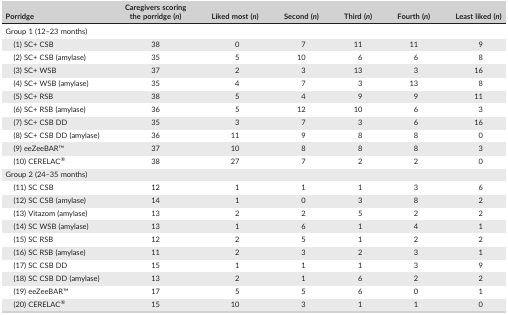
<table><thead><tr><td><b>Porridge</b></td><td><b>Caregivers scoring the porridge (<i>n</i>)</b></td><td><b>Liked most (<i>n</i>)</b></td><td><b>Second (<i>n</i>)</b></td><td><b>Third (<i>n</i>)</b></td><td><b>Fourth (<i>n</i>)</b></td><td><b>Least liked (<i>n</i>)</b></td></tr></thead><tbody><tr><td>Group 1 (12–23 months)</td><td></td><td></td><td></td><td></td><td></td><td></td></tr><tr><td>(1) SC+ CSB</td><td>38</td><td>0</td><td>7</td><td>11</td><td>11</td><td>9</td></tr><tr><td>(2) SC+ CSB (amylase)</td><td>35</td><td>5</td><td>10</td><td>6</td><td>6</td><td>8</td></tr><tr><td>(3) SC+ WSB</td><td>37</td><td>2</td><td>3</td><td>13</td><td>3</td><td>16</td></tr><tr><td>(4) SC+ WSB (amylase)</td><td>35</td><td>4</td><td>7</td><td>3</td><td>13</td><td>8</td></tr><tr><td>(5) SC+ RSB</td><td>38</td><td>5</td><td>4</td><td>9</td><td>9</td><td>11</td></tr><tr><td>(6) SC+ RSB (amylase)</td><td>36</td><td>5</td><td>12</td><td>10</td><td>6</td><td>3</td></tr><tr><td>(7) SC+ CSB DD</td><td>35</td><td>3</td><td>7</td><td>3</td><td>6</td><td>16</td></tr><tr><td>(8) SC+ CSB DD (amylase)</td><td>36</td><td>11</td><td>9</td><td>8</td><td>8</td><td>0</td></tr><tr><td>(9) eeZeeBARTM</td><td>37</td><td>10</td><td>8</td><td>8</td><td>8</td><td>3</td></tr><tr><td>(10) CERELAC<sup>®</sup></td><td>38</td><td>27</td><td>7</td><td>2</td><td>2</td><td>0</td></tr><tr><td>Group 2 (24–35 months)</td><td></td><td></td><td></td><td></td><td></td><td></td></tr><tr><td>(11) SC CSB</td><td>12</td><td>1</td><td>1</td><td>1</td><td>3</td><td>6</td></tr><tr><td>(12) SC CSB (amylase)</td><td>14</td><td>1</td><td>0</td><td>3</td><td>8</td><td>2</td></tr><tr><td>(13) Vitazom (amylase)</td><td>13</td><td>2</td><td>2</td><td>5</td><td>2</td><td>2</td></tr><tr><td>(14) SC WSB (amylase)</td><td>13</td><td>1</td><td>6</td><td>1</td><td>4</td><td>1</td></tr><tr><td>(15) SC RSB</td><td>12</td><td>2</td><td>5</td><td>1</td><td>2</td><td>2</td></tr><tr><td>(16) SC RSB (amylase)</td><td>11</td><td>2</td><td>3</td><td>2</td><td>3</td><td>1</td></tr><tr><td>(17) SC CSB DD</td><td>15</td><td>1</td><td>1</td><td>1</td><td>3</td><td>9</td></tr><tr><td>(18) SC CSB DD (amylase)</td><td>13</td><td>2</td><td>1</td><td>6</td><td>2</td><td>2</td></tr><tr><td>(19) eeZeeBARTM</td><td>17</td><td>5</td><td>5</td><td>6</td><td>0</td><td>1</td></tr><tr><td>(20) CERELAC<sup>®</sup></td><td>15</td><td>10</td><td>3</td><td>1</td><td>1</td><td>0</td></tr></tbody></table>